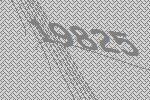
19825